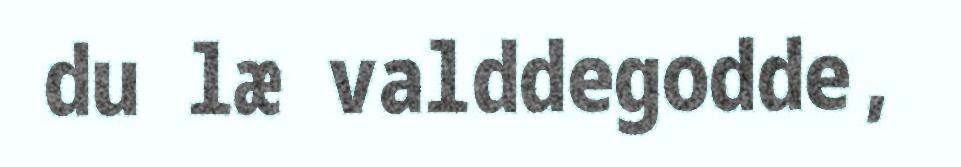
du læ valddegodde,